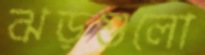
ঝড়গুলো